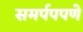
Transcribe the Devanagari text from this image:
समर्पपपणे